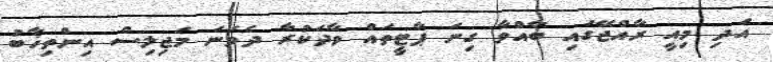
އަދި މިއީ ރާއްޖޭގައި ބާއްވާ ގިނަ ޕާޓީތައް ވާދަކުރާ ދެވަނަ މަޖިލިސް އިންތިޚާބު